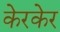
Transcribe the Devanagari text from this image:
केरकेर